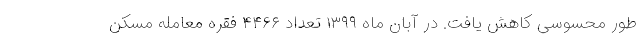
طور محسوسی کاهش یافت. در آبان ماه ۱۳۹۹ تعداد ۴۴۶۶ فقره معامله مسکن